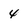
Character: 4